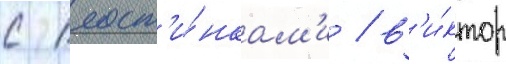
с пласт'и́нкам'и / в'и́ктор